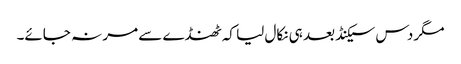
مگر دس سیکنڈ بعد ہی نکال لیا کہ ٹھنڈے سے مر نہ جائے۔